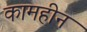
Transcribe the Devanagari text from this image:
कामहीन